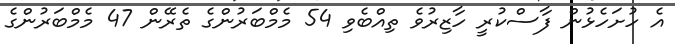
އެ ހުށަހެޅުން ފާސްކުރީ ހާޒިރުވެ ތިއްބެވި 54 މެމްބަރުންގެ ތެރޭން 47 މެމްބަރުންގެ